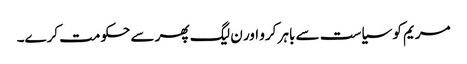
مریم کو سیاست سے باہر کرو اور ن لیگ پھر سے حکومت کرے۔